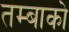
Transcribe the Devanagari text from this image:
तम्बाको